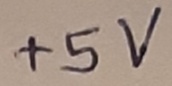
Text: +5V